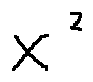
x ^ { 2 }